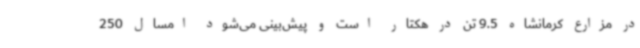
در مزارع کرمانشاه 9.5 تن در هکتار است و پیش‌بینی می‌شود امسال 250